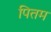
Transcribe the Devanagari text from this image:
पितम